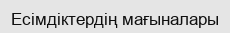
Есімдіктердің мағыналары